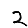
Digit: 2